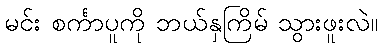
မင်း စင်္ကာပူကို ဘယ်နှကြိမ် သွားဖူးလဲ။